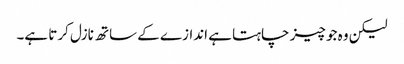
لیکن وہ جو چیز چاہتا ہے اندازے کے ساتھ نازل کرتا ہے۔